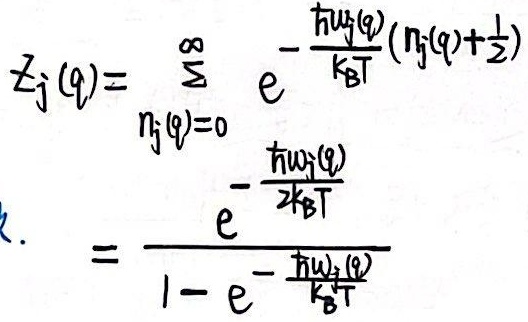
\[
\begin{align*}
Z_{j}(q)&=\sum_{n_{j}(q)=0}^{\infty} e^{-\frac{\hbar\omega_{j}(q)}{k_{\text{B}}T}(n_{j}(q)+\frac{1}{2})}\\
&=\frac{e^{-\frac{\hbar\omega_{j}(q)}{2k_{\text{B}}T}}}{1 - e^{-\frac{\hbar\omega_{j}(q)}{k_{\text{B}}T}}}
\end{align*}
\]